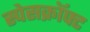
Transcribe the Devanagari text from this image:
स्पेसक्रॉफ्ट